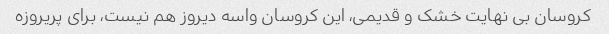
کروسان بی نهایت خشک و قدیمی، این کروسان واسه دیروز هم نیست، برای پریروزه